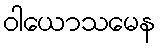
ဝါယောသမေန